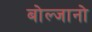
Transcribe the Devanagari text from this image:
बोल्जानो